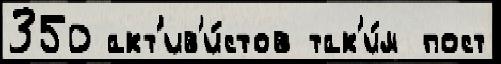
350 акт'ив'и́стов так'и́м пост